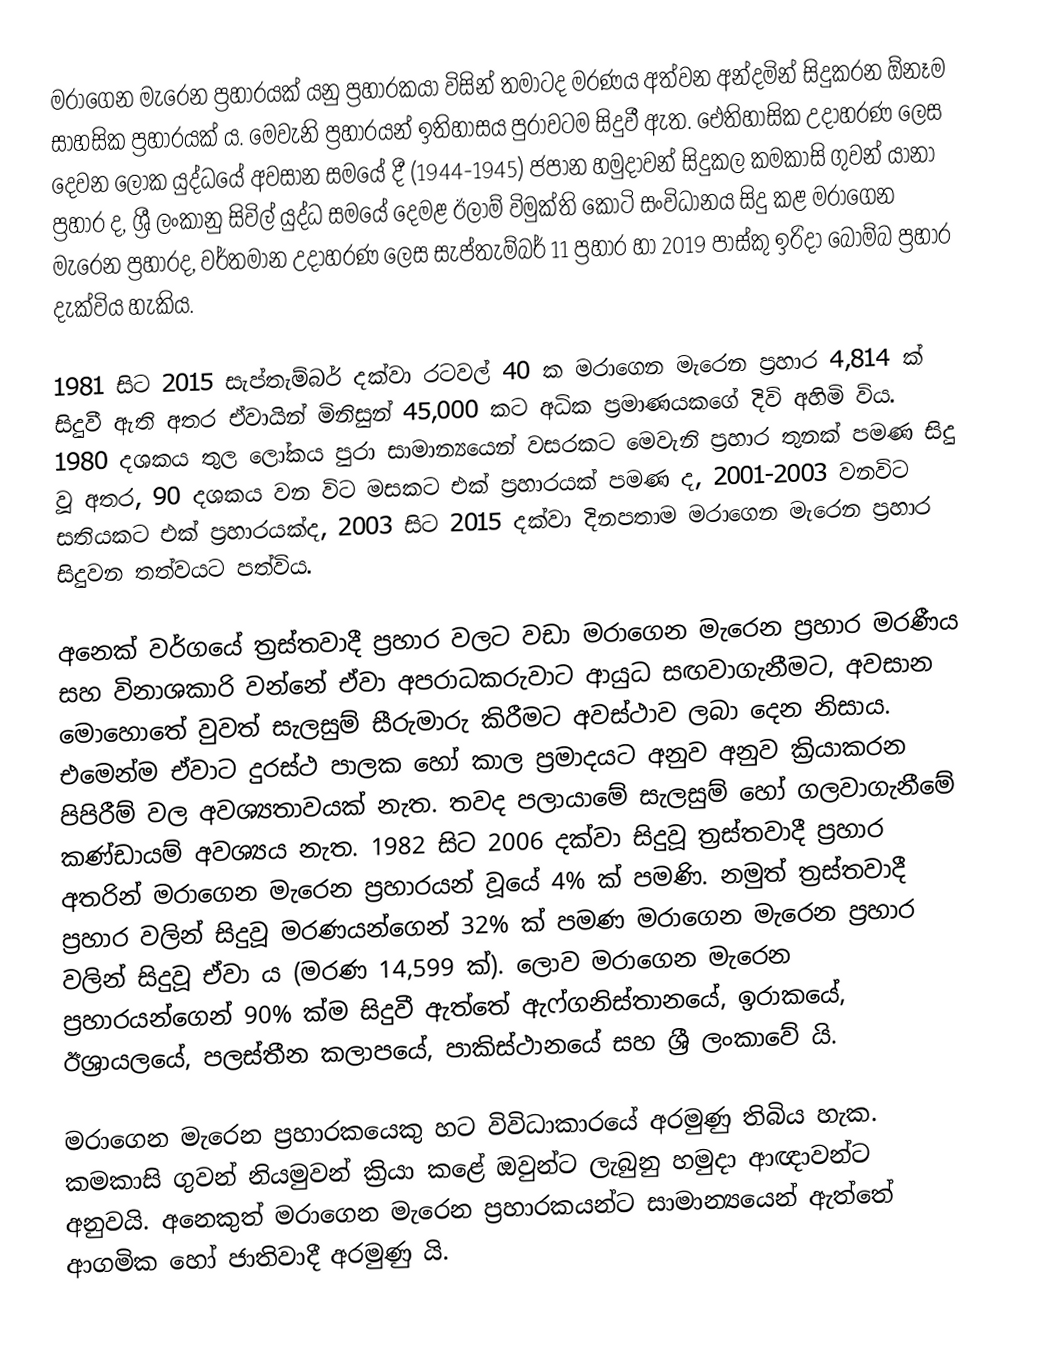
මරාගෙන මැරෙන ප්‍රහාරයක් යනු ප්‍රහාරකයා විසින් තමාටද මරණය අත්වන අන්දමින් සිදුකරන ඕනෑම සාහසික ප්‍රහාරයක් ය. මෙවැනි ප්‍රහාරයන් ඉතිහාසය පුරාවටම සිදුවී ඇත. ඓතිහාසික උදාහරණ ලෙස දෙවන ලෝක යුද්ධයේ අවසාන සමයේ දී (1944-1945) ජපාන හමුදාවන් සිදුකල කමකාසි ගුවන් යානා ප්‍රහාර ද, ශ්‍රී ලංකානු සිවිල් යුද්ධ සමයේ දෙමළ ඊලාම් විමුක්ති කොටි සංවිධානය සිදු කළ මරාගෙන මැරෙන ප්‍රහාරද, වර්තමාන උදාහරණ ලෙස සැප්තැම්බර් 11 ප්‍රහාර හා 2019 පාස්කු ඉරිදා බෝම්බ ප්‍රහාර දැක්විය හැකිය.

1981 සිට 2015 සැප්තැම්බර් දක්වා රටවල් 40 ක මරාගෙන මැරෙන ප්‍රහාර 4,814 ක් සිදුවී ඇති අතර ඒවායින් මිනිසුන් 45,000 කට අධික ප්‍රමාණයකගේ දිවි අහිමි විය. 1980 දශකය තුල ලෝකය පුරා සාමාන්‍යයෙන් වසරකට මෙවැනි ප්‍රහාර තුනක් පමණ සිදු වූ අතර, 90 දශකය වන විට මසකට එක් ප්‍රහාරයක් පමණ ද, 2001-2003 වනවිට සතියකට එක් ප්‍රහාරයක්ද, 2003 සිට 2015 දක්වා දිනපතාම මරාගෙන මැරෙන ප්‍රහාර සිදුවන තත්වයට පත්විය.

අනෙක් වර්ගයේ ත්‍රස්තවාදී ප්‍රහාර වලට වඩා මරාගෙන මැරෙන ප්‍රහාර මරණීය සහ විනාශකාරි වන්නේ ඒවා අපරාධකරුවාට ආයුධ සඟවාගැනීමට, අවසාන මොහොතේ වුවත් සැලසුම් සීරුමාරු කිරීමට අවස්ථාව ලබා දෙන නිසාය. එමෙන්ම ඒවාට දුරස්ථ පාලක හෝ කාල ප්‍රමාදයට අනුව අනුව ක්‍රියාකරන පිපිරීම් වල අවශ්‍යතාවයක් නැත. තවද පලායාමේ සැලසුම් හෝ ගලවාගැනීමේ කණ්ඩායම් අවශ්‍යය නැත. 1982 සිට 2006 දක්වා සිදුවූ ත්‍රස්තවාදී ප්‍රහාර අතරින් මරාගෙන මැරෙන ප්‍රහාරයන් වූයේ 4% ක් පමණි. නමුත් ත්‍රස්තවාදී ප්‍රහාර වලින් සිදුවූ මරණයන්ගෙන් 32% ක් පමණ මරාගෙන මැරෙන ප්‍රහාර වලින් සිදුවූ ඒවා ය (මරණ 14,599 ක්). ලොව මරාගෙන මැරෙන ප්‍රහාරයන්ගෙන් 90% ක්ම සිදුවී ඇත්තේ ඇෆ්ගනිස්තානයේ, ඉරාකයේ, ඊශ්‍රායලයේ, පලස්තීන කලාපයේ, පාකිස්ථානයේ සහ ශ්‍රී ලංකාවේ යි.

මරාගෙන මැරෙන ප්‍රහාරකයෙකු හට විවිධාකාරයේ අරමුණු තිබිය හැක. කමකාසි ගුවන් නියමුවන් ක්‍රියා කළේ ඔවුන්ට ලැබුනු හමුදා ආඥාවන්ට අනුවයි. අනෙකුත් මරාගෙන මැරෙන ප්‍රහාරකයන්ට සාමාන්‍යයෙන් ඇත්තේ ආගමික හෝ ජාතිවාදී අරමුණු යි.